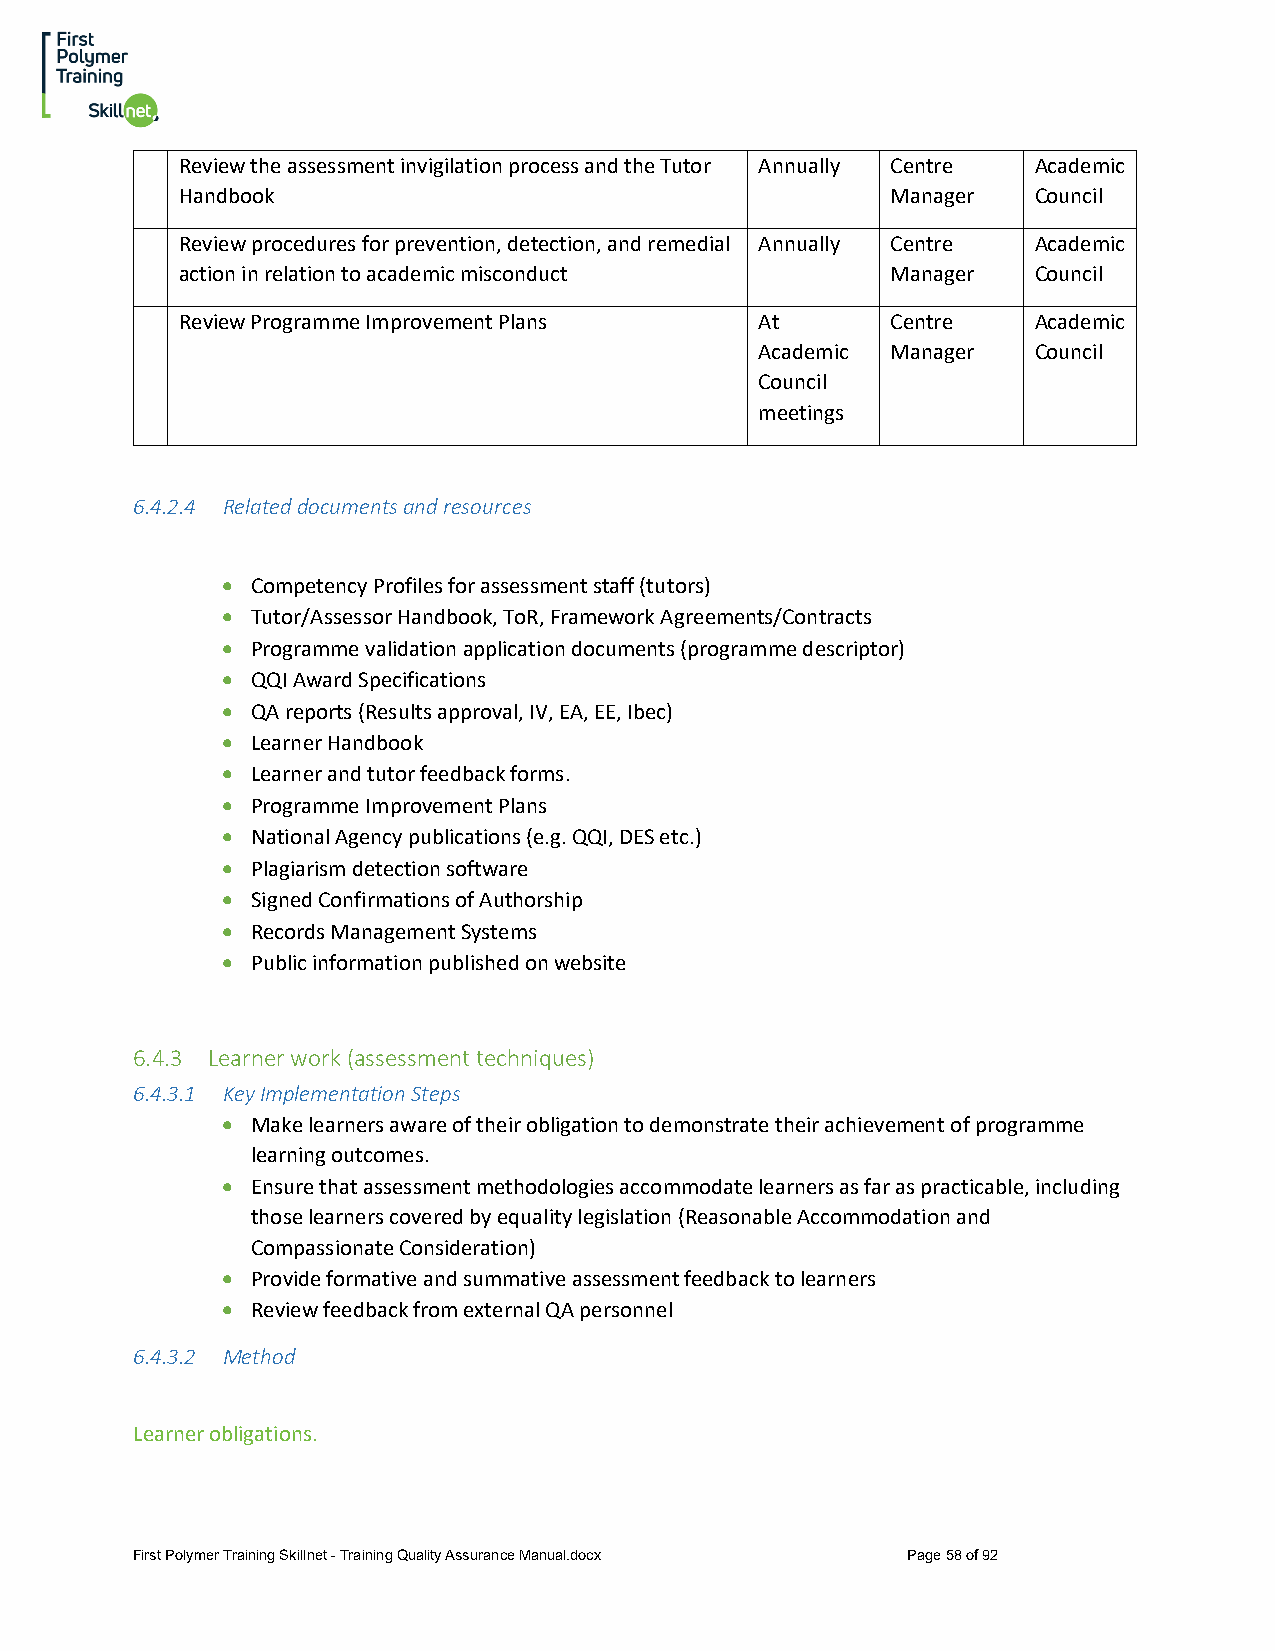
Review the assessment invigilation process and the Tutor Annually Centre Academic
 Handbook                                       Manager  Council
 Review procedures for prevention, detection, and remedial Annually Centre Academic
 action in relation to academic misconduct      Manager  Council
 Review Programme Improvement Plans    At       Centre   Academic
 Academic Manager  Council
 Council
 meetings
 6.4.2.4 Related documents and resources
 • Competency Profiles for assessment staff (tutors)
 • Tutor/Assessor Handbook, ToR, Framework Agreements/Contracts
 • Programme validation application documents (programme descriptor)
 • QQI Award Specifications
 • QA reports (Results approval, IV, EA, EE, Ibec)
 • Learner Handbook
 • Learner and tutor feedback forms.
 • Programme Improvement Plans
 • National Agency publications (e.g. QQI, DES etc.)
 • Plagiarism detection software
 • Signed Confirmations of Authorship
 • Records Management Systems
 • Public information published on website
 6.4.3 Learner work (assessment techniques)
 6.4.3.1 Key Implementation Steps
 • Make learners aware of their obligation to demonstrate their achievement of programme
 learning outcomes.
 • Ensure that assessment methodologies accommodate learners as far as practicable, including
 those learners covered by equality legislation (Reasonable Accommodation and
 Compassionate Consideration)
 • Provide formative and summative assessment feedback to learners
 • Review feedback from external QA personnel
 6.4.3.2 Method
 Learner obligations.
 First Polymer Training Skillnet - Training Quality Assurance Manual.docx Page 58 of 92